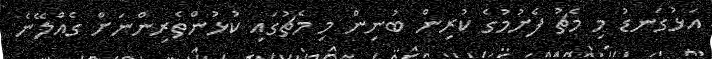
އަޅުގަނޑު މި މެޗު ފެށުމުގެ ކުރިން ބުނިން މި މެޗުގައި ކުޅުންތެރިންނަށް ގެއްލޭނެ